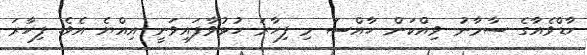
ހާޑްވެއާގެ ސާމާނު ވިއްކަން ހާއްސަ މި ފިހާރަ ހުޅުވާފައިވަނީ އިއްޔެ އެވެ. ފިހާރަ